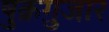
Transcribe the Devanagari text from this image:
षुक्रग़ुजार